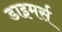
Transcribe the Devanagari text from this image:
डाइमर्स